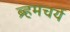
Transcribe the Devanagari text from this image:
ब्र्हमचर्य